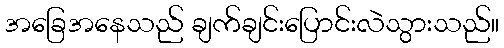
အခြေအနေသည် ချက်ချင်းပြောင်းလဲသွားသည်။